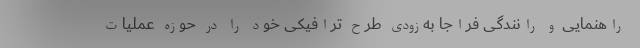
راهنمایی و رانندگی فراجا به‌زودی طرح ترافیکی خود را در حوزه عملیات